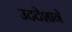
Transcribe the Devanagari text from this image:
उददेशाने